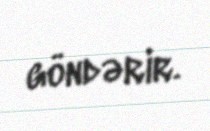
göndərir.